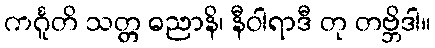
ကင်္ဂူတိ သတ္တ ဓညာနိ၊ နီဝါရာဒီ တု တဗ္ဘိဒါ။